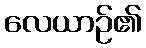
လေယာဉ်၏